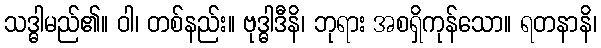
သဒ္ဓါမည်၏။ ဝါ၊ တစ်နည်း။ ဗုဒ္ဓါဒီနိ၊ ဘုရား အစရှိကုန်သော။ ရတနာနိ၊